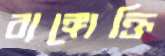
ব্যঙ্গোক্তি